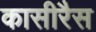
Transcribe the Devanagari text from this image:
कासीरैस